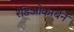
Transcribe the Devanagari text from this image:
रेडिओकार्बन